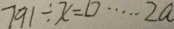
7 9 1 \div x = \square \cdots 2 a